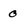
Character: 0